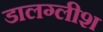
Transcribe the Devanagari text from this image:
डालग्लीश